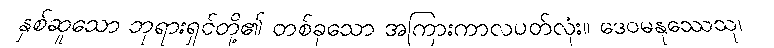
နှစ်ဆူသော ဘုရားရှင်တို့၏ တစ်ခုသော အကြားကာလပတ်လုံး။ ဒေဝမနုဿေသု၊